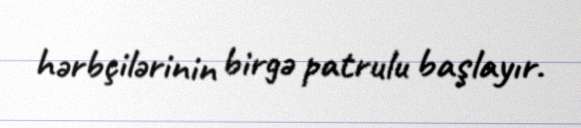
hərbçilərinin birgə patrulu başlayır.